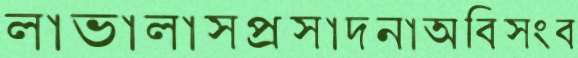
লাভালাসপ্রসাদনাঅবিসংব